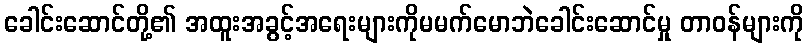
ခေါင်းဆောင်တို့၏ အထူးအခွင့်အရေးများကိုမမက်မောဘဲခေါင်းဆောင်မှု တာဝန်များကို